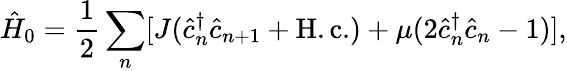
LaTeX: \hat{H}_{0}=\frac{1}{2}\sum_{n}[J(\hat{c}_{n}^{\dagger}\hat{c}_{n+1}+\mathrm{H.c.})+\mu(2\hat{c}_{n}^{\dagger}\hat{c}_{n}-1)],